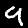
Label: 9